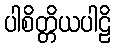
ပါစိတ္တိယပါဠိ